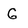
Character: G